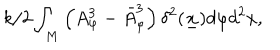
{ k / 2 } \int _ { M } \left( A _ { \varphi } ^ { 3 } - \bar { A } _ { \varphi } ^ { 3 } \right) \delta ^ { 2 } ( \underline { { { x } } } ) d \varphi d ^ { 2 } x ,